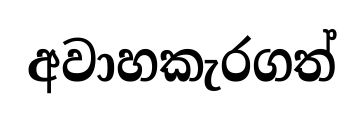
අවාහකැරගත්